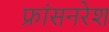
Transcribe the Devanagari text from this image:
फ्रांसनरेश